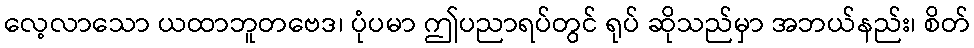
လေ့လာသော ယထာဘူတဗေဒ၊ ပုံပမာ ဤပညာရပ်တွင် ရုပ် ဆိုသည်မှာ အဘယ်နည်း၊ စိတ်